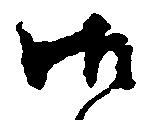
御